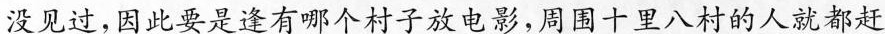
没见过，因此要是逢有哪个村子放电影，周围十里八村的人就都赶